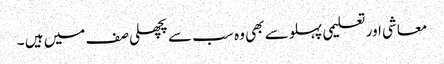
معاشی اور تعلیمی پہلو سے بھی وہ سب سے پچھلی صف میں ہیں ۔